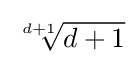
{\sqrt[{d+1}]{d+1}}